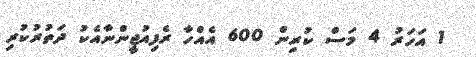
1 އަހަރު 4 މަސް ކުރިން 600 އެއްހާ ރެފިއުޖީންނާއެކު ދަތުރުކުރި